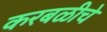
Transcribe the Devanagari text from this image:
करबळीचे